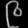
Digit: ၉